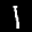
Label: 1